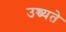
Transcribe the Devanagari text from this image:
उच्च्यते